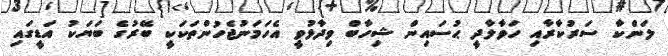
ލަންކާ ސަރުކާރާއި ހަވާލާދީ ޙުސައިން ޝިހާބް ވިދާޅުވީ އެހަމަނުޖެހުންތަކަކީ ބޭރުގެ ބަޔަކު އަޑީގައި